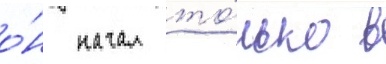
о́н начал то́лько в